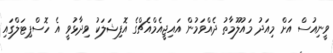
ވީނިއުސް އަށް މިއަދު މައުލޫމާތު ދެއްވަމުން އައިޖީއެމްއެޗްގެ އޮފިޝަލަކު ވިދާޅުވީ އެ ހޮސްޕިޓަލްގައި